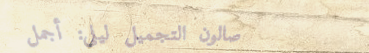
صالون التجميل ليلى: أجمل